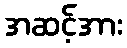
အဆင့်အား